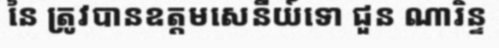
នៃ ត្រូវបានឧត្តមសេនីយ៍ទោ ជួន ណារិន្ទ